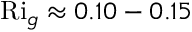
\mathrm { R i } _ { g } \approx 0 . 1 0 - 0 . 1 5